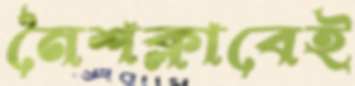
নৈশক্লাবেই